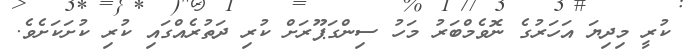
ކުރީ މިދިޔަ އަހަރުގެ ނޮވެމްބަރު މަހު ސިންގަޕޫރަށް ކުރި ދަތުރެއްގައި ކުރި ކުށަކަށެވެ.